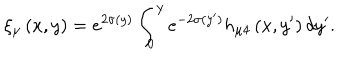
LaTeX: \xi _ { \mu } \left( x , y \right) = e ^ { 2 \sigma ( y ) } \int _ { 0 } ^ { y } e ^ { - 2 \sigma ( y ^ { \prime } ) } h _ { \mu 4 } \left( x , y ^ { \prime } \right) d y ^ { \prime } .